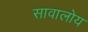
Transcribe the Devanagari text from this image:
सावालोय